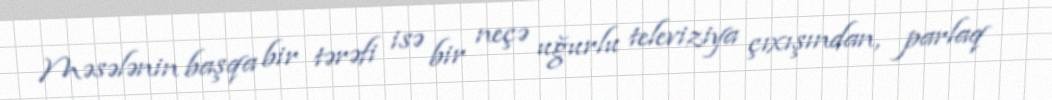
Məsələnin başqa bir tərəfi isə bir neçə uğurlu televiziya çıxışından, parlaq